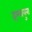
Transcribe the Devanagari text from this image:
इम्बाबुरा